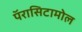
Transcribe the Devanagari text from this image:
पॅरासिटामोल